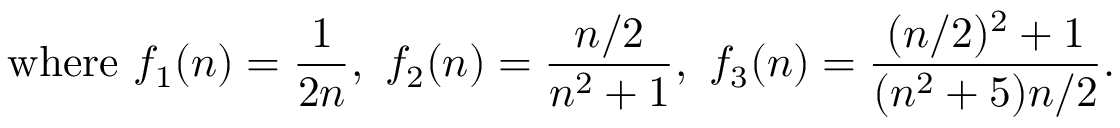
{ \mathrm { w h e r e ~ } } f _ { 1 } ( n ) = { \frac { 1 } { 2 n } } , \ f _ { 2 } ( n ) = { \frac { n / 2 } { n ^ { 2 } + 1 } } , \ f _ { 3 } ( n ) = { \frac { ( n / 2 ) ^ { 2 } + 1 } { ( n ^ { 2 } + 5 ) n / 2 } } .